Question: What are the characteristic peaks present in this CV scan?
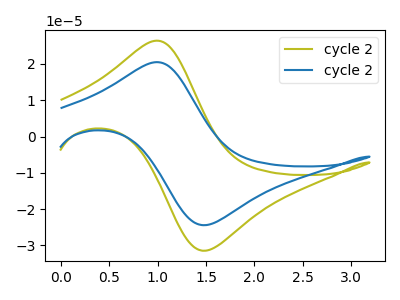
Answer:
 <answer>The olive curve "cycle 21" has an anodic peak at (1.00V, 26.40uA) and a cathodic peak at (1.50V, -31.40uA). The blue curve "cycle 22" has an anodic peak at (1.00V, 20.50uA) and a cathodic peak at (1.50V, -24.40uA).</answer>
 <eval></eval>